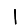
Digit: 1